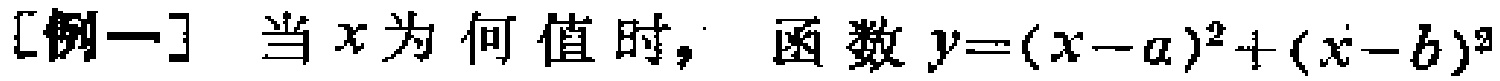
[例一] 当\(x\)为何值时，函数\(y=(x - a)^2 + (x - b)^2\)